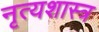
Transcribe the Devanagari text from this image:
नृत्‍यशास्‍त्र